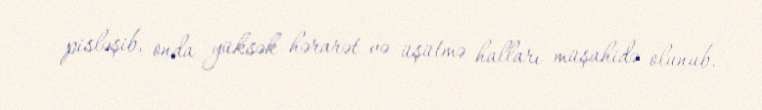
pisləşib, onda yüksək hərarət və üşütmə halları müşahidə olunub.